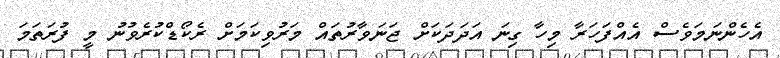
އެހެންނަމަވެސް އެއްފަހަރާ މިހާ ގިނަ އަދަދަކަށް ޖަނަވާރުތައް މަރުވިކަމަށް ރެކޯޑްކުރެވުނު މީ ފުރަތަމަ